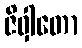
ဇိဝှါတော